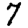
Digit: 7